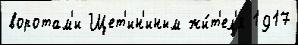
воротам'и Щет'ин'иным жи́т'ел'я 1917